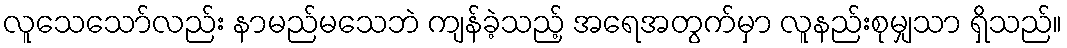
လူသေသော်လည်း နာမည်မသေဘဲ ကျန်ခဲ့သည့် အရေအတွက်မှာ လူနည်းစုမျှသာ ရှိသည်။